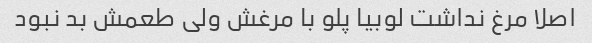
اصلا مرغ نداشت لوبیا پلو با مرغش ولی طعمش بد نبود